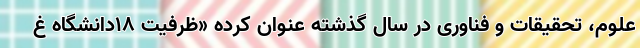
علوم، تحقیقات و فناوری در سال گذشته عنوان کرده «ظرفیت ۱۸دانشگاه غ